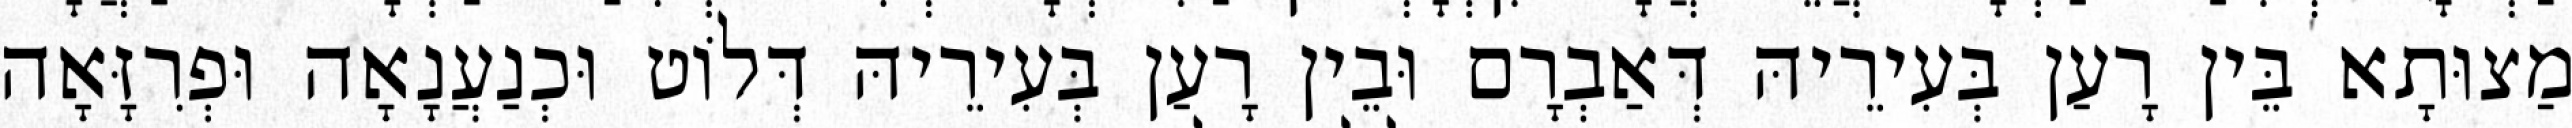
מַצוּתָא בֵּין רָעַן בְּעִירֵיהּ דְּאַבְרָם וּבֵין רָעַן בְּעִירֵיהּ דְּלוֹט וּכְנַעֲנָאָה וּפְרִזָּאָה